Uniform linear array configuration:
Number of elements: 4
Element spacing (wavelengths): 0.25
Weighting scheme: hann
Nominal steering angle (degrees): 30
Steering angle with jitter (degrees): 28.006
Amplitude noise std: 0.05
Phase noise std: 0.05

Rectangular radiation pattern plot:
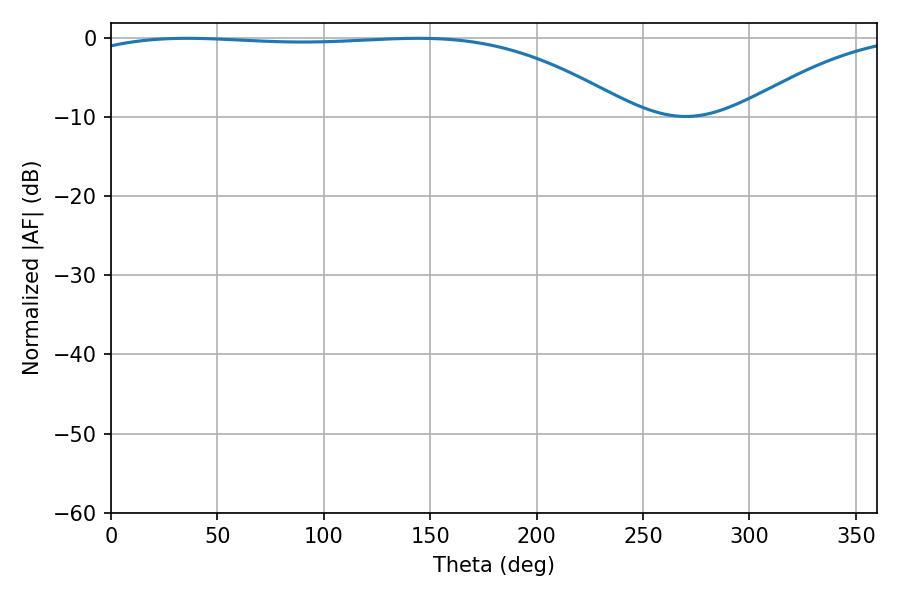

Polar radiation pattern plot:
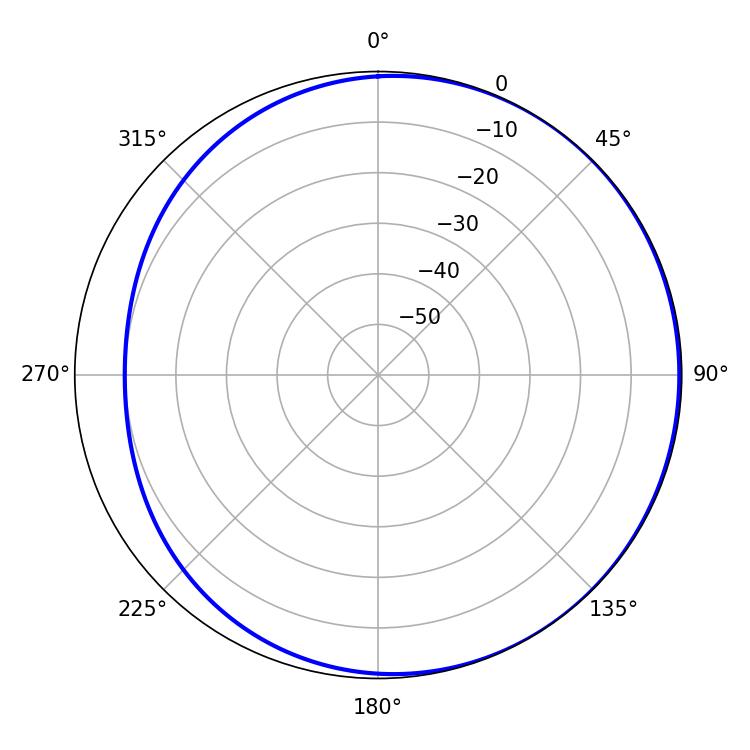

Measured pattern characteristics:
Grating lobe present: FALSE
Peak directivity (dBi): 1.501
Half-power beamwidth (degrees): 204.48
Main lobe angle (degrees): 35.82